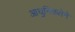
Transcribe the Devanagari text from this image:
आधुनिकतेने